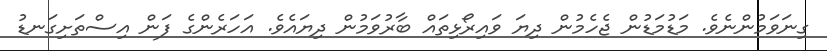
ގިނަވަމުންނެވެ. މަޑުމަޑުން ޖެހެމުން ދިޔަ ވައިރޯޅިތައް ބާރުވަމުން ދިޔައެވެ. އަހަރެންގެ ފަން އިސްތަށިގަނޑު